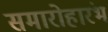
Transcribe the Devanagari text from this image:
समारोहारंभ